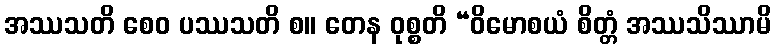
အဿသတိ စေဝ ပဿသတိ စ။ တေန ဝုစ္စတိ “ဝိမောစယံ စိတ္တံ အဿသိဿာမိ